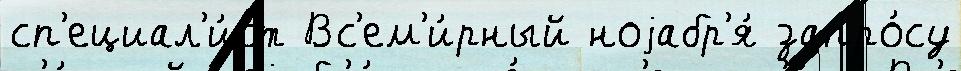
сп'ециал'и́ст Вс'ем'и́рный ноjабр'я́ запро́су